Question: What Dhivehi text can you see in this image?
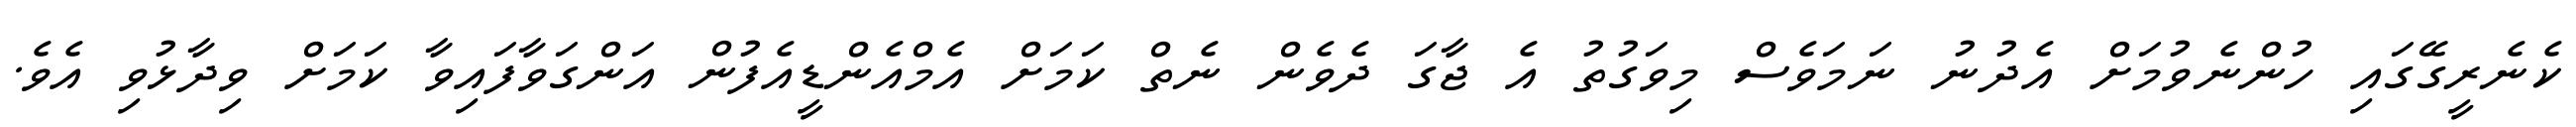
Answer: ކެނެރީގޭގައި ހުންނެވުމަށް އެދުނު ނަމަވެސް މިވަގުތު އެ ޖާގަ ދެވެން ނެތް ކަމަށް އެމްއެންޑީއެފުން އަންގަވާފައިވާ ކަމަށް ވިދާޅުވި އެވެ.